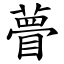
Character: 瞢